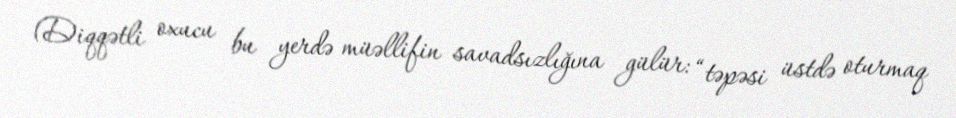
(Diqqətli oxucu bu yerdə müəllifin savadsızlığına gülür: “təpəsi üstdə oturmaq